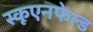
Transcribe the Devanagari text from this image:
स्कूएनफेल्ड